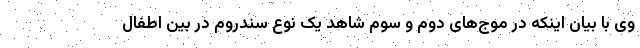
وی با بیان اینکه در موج‌های دوم و سوم شاهد یک نوع سندروم در بین اطفال